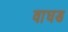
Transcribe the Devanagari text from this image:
वाघड